Civil Veterinary Dept. North-West Frontier Province 1901-22 - 1901-1922
Year: 1901
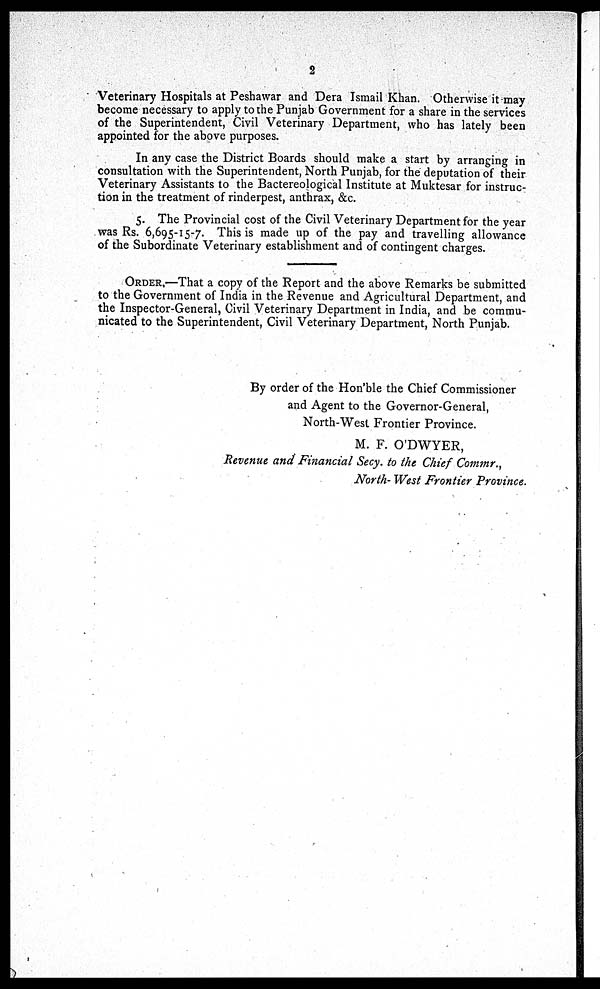
2
Veterinary Hospitals at Peshawar and Dera Ismail Khan. Otherwise it may
become necessary to apply to the Punjab Government for a share in the services
of the Superintendent, Civil Veterinary Department, who has lately been
appointed for the above purposes.
In any case the District Boards should make a start by arranging in
consultation with the Superintendent, North Punjab, for the deputation of their
Veterinary Assistants to the Bactereological Institute at Muktesar for instruc-
tion in the treatment of rinderpest, anthrax, &c.
5. The Provincial cost of the Civil Veterinary Department for the year
was Rs. 6,695-15-7. This is made up of the pay and travelling allowance
of the Subordinate Veterinary establishment and of contingent charges.
ORDER.—That a copy of the Report and the above Remarks be submitted
to the Government of India in the Revenue and Agricultural Department, and
the Inspector-General, Civil Veterinary Department in India, and be commu-
nicated to the Superintendent, Civil Veterinary Department, North Punjab.
By order of the Hon'ble the Chief Commissioner
and Agent to the Governor-General,
North-West Frontier Province.
M. F. O'DWYER,
Revenue and Financial Secy. to the Chief Commr.,
North- West Frontier Province.